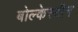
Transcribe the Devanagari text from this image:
बोल्केस्टीन